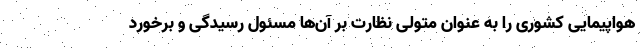
هواپیمایی کشوری را به عنوان متولی نظارت بر آن‌ها مسئول رسیدگی و برخورد